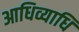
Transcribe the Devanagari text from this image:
आधिव्याधि